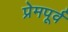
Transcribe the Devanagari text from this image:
प्रेमपूर्व